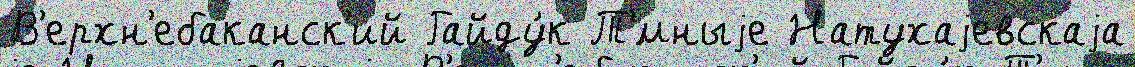
В'ерхн'ебаканск'ий Гайду́к Т'́мныjе Натухаjевскаjа